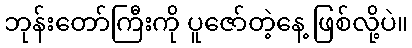
ဘုန်းတော်ကြီးကို ပူဇော်တဲ့နေ့ ဖြစ်လို့ပဲ။